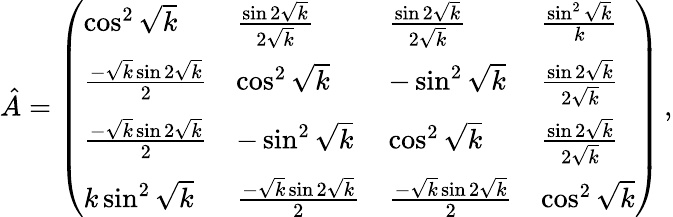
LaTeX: \hat{A}=\left(\begin{array}{llll}{\cos^{2}\sqrt{k}}&{\frac{\sin 2\sqrt{k}}{2\sqrt{k}}}&{\frac{\sin 2\sqrt{k}}{2\sqrt{k}}}&{\frac{\sin^{2}\sqrt{k}}{k}}\\ {\frac{-\sqrt{k}\sin 2\sqrt{k}}{2}}&{\cos^{2}\sqrt{k}}&{-\sin^{2}\sqrt{k}}&{\frac{\sin 2\sqrt{k}}{2\sqrt{k}}}\\ {\frac{-\sqrt{k}\sin 2\sqrt{k}}{2}}&{-\sin^{2}\sqrt{k}}&{\cos^{2}\sqrt{k}}&{\frac{\sin 2\sqrt{k}}{2\sqrt{k}}}\\ {k\sin^{2}\sqrt{k}}&{\frac{-\sqrt{k}\sin 2\sqrt{k}}{2}}&{\frac{-\sqrt{k}\sin 2\sqrt{k}}{2}}&{\cos^{2}\sqrt{k}}\end{array}\right)\, ,